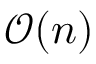
{ \mathcal { O } } ( n )